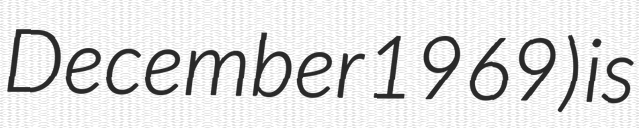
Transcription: December 1969) is